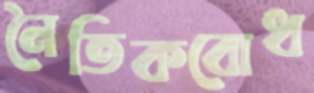
নৈতিকবোধ